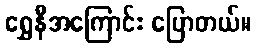
ရွှေနီအကြောင်း ပြောတယ်။